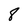
Character: 8